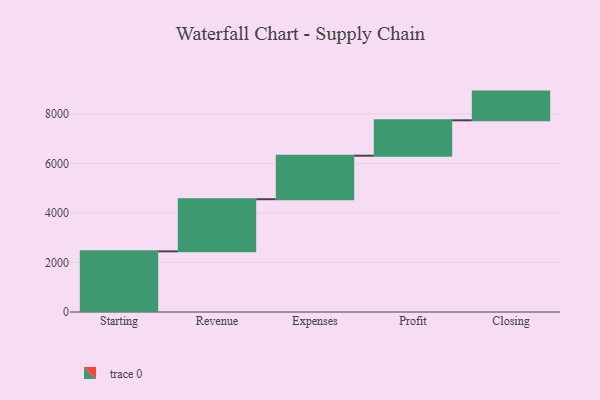
{"axis": {"x": "Step", "y": "Value"}, "legend": [""], "data": [{"x": "Starting", "y": 2449.0, "type": ""}, {"x": "Revenue", "y": 2105.0, "type": ""}, {"x": "Expenses", "y": 1757.0, "type": ""}, {"x": "Profit", "y": 1430.0, "type": ""}, {"x": "Closing", "y": 1159.0, "type": ""}]}